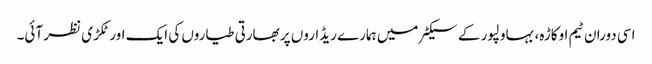
اسی دوران ٹیم اوکاڑہ، بہاولپور کے سیکٹر میں ہمارے ریڈاروں پر بھارتی طیاروں کی ایک اور ٹکڑی نظر آئی۔